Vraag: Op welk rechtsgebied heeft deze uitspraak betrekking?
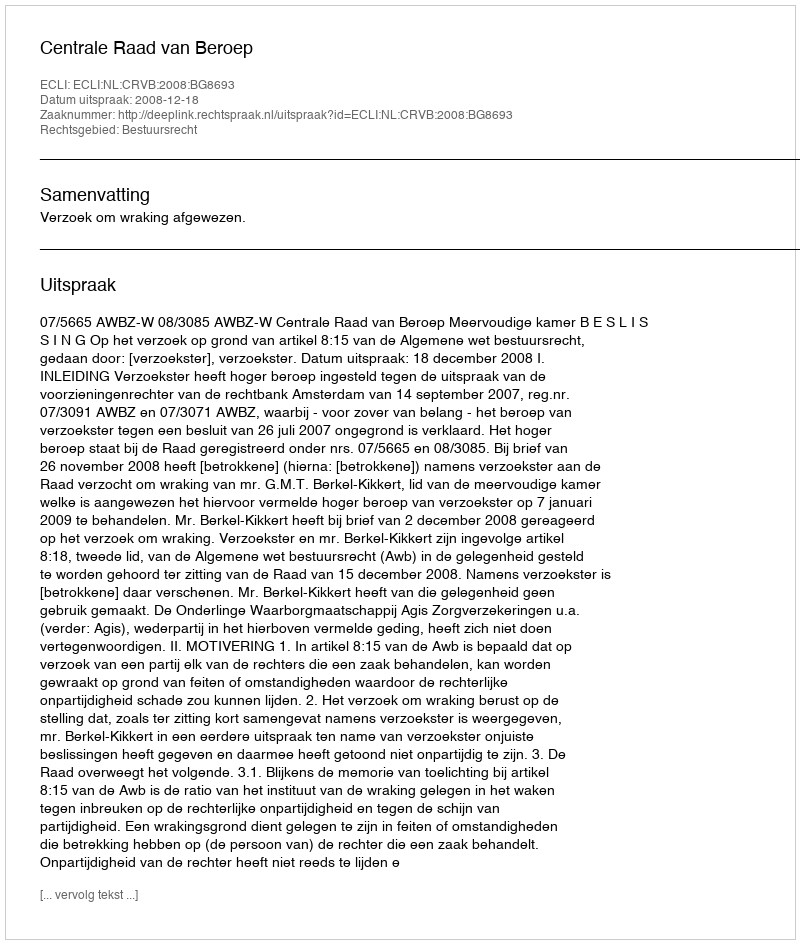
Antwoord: Bestuursrecht